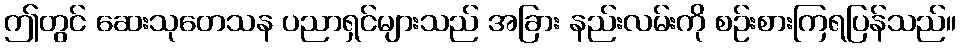
ဤတွင် ဆေးသုတေသန ပညာရှင်များသည် အခြား နည်းလမ်းကို စဉ်းစားကြရပြန်သည်။